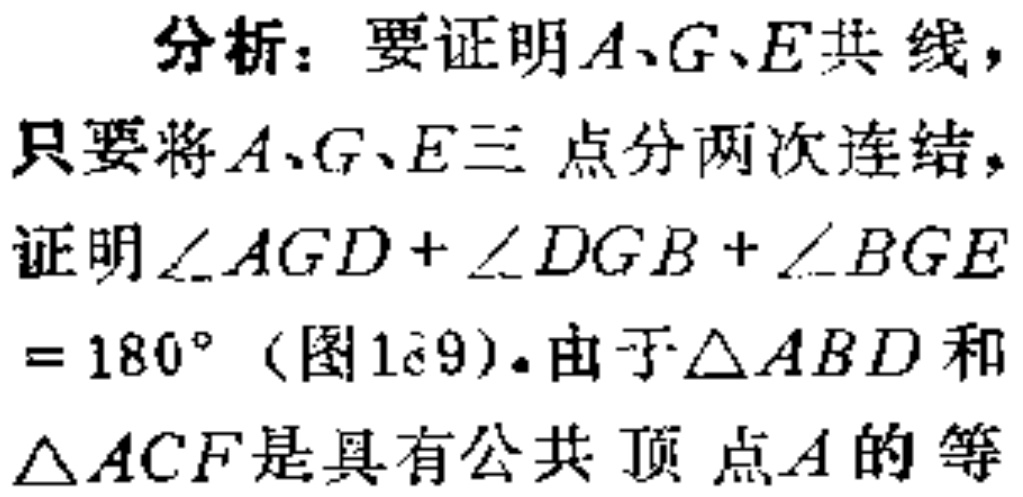
分析：要证明\(A、G、E\)共线，只要将\(A、G、E\)三点分两次连结，证明\(\angle AGD+\angle DGB+\angle BGE = 180^{\circ}\)（图1₋9）。由于\(\triangle ABD\)和\(\triangle ACF\)是具有公共顶点\(A\)的等